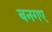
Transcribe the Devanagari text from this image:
बनगए